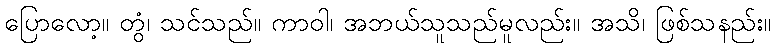
ပြောလော့။ တွံ၊ သင်သည်။ ကာဝါ၊ အဘယ်သူသည်မူလည်း။ အသိ၊ ဖြစ်သနည်း။